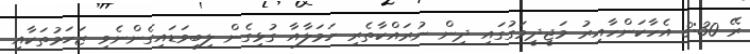
ރޭ 8:30 އެހާކަންހާއިރު މަޖީދީމަގުގައި ދިން ނުރައްކާތެރި ހަމަލާއާ ގުޅިގެން ލިބިވަޑައިގެންނެވި ޒަހަމުތަކާއި